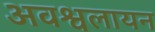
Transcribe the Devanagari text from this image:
अवश्वलायन